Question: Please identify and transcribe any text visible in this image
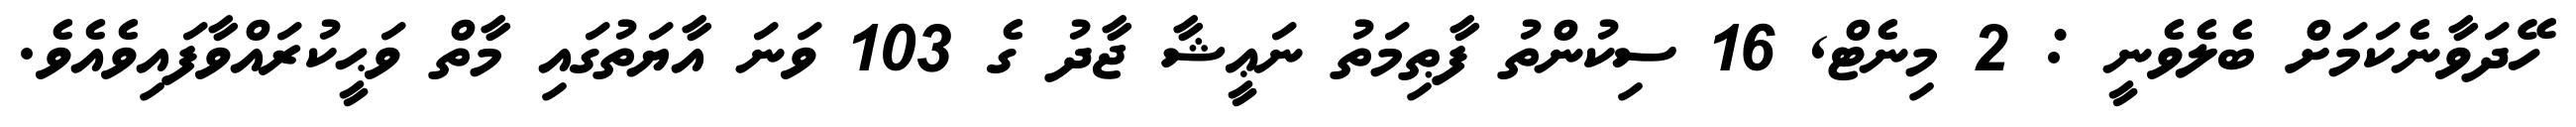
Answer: ހޭދަވާނެކަމަށް ބެލެވެނީ : 2 މިނެޓް, 16 ސިކުންތު ފާޠިމަތު ނަޢީޝާ ޖާދު ގެ 103 ވަނަ އާޔަތުގައި މާތް ވަޙީކުރައްވާފައިވެއެވެ.